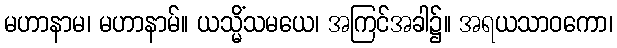
မဟာနာမ၊ မဟာနာမ်။ ယသ္မိံသမယေ၊ အကြင်အခါ၌။ အရယသာဝကော၊